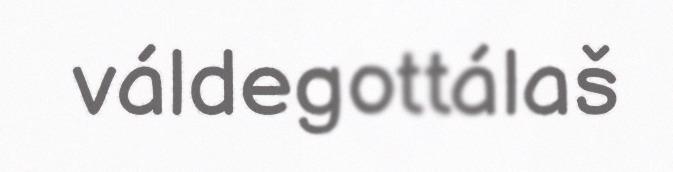
váldegottálaš